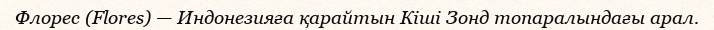
Флорес (Flores) — Индонезияға қарайтын Кіші Зонд топаралындағы арал.